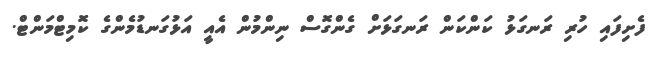
ފެށިފައި ހުރި ރަނގަޅު ކަންކަން ރަނގަޅަށް ގެންގޮސް ނިންމުން އެއީ އަޅުގަނޑުމެންގެ ކޮމިޓްމަންޓް.